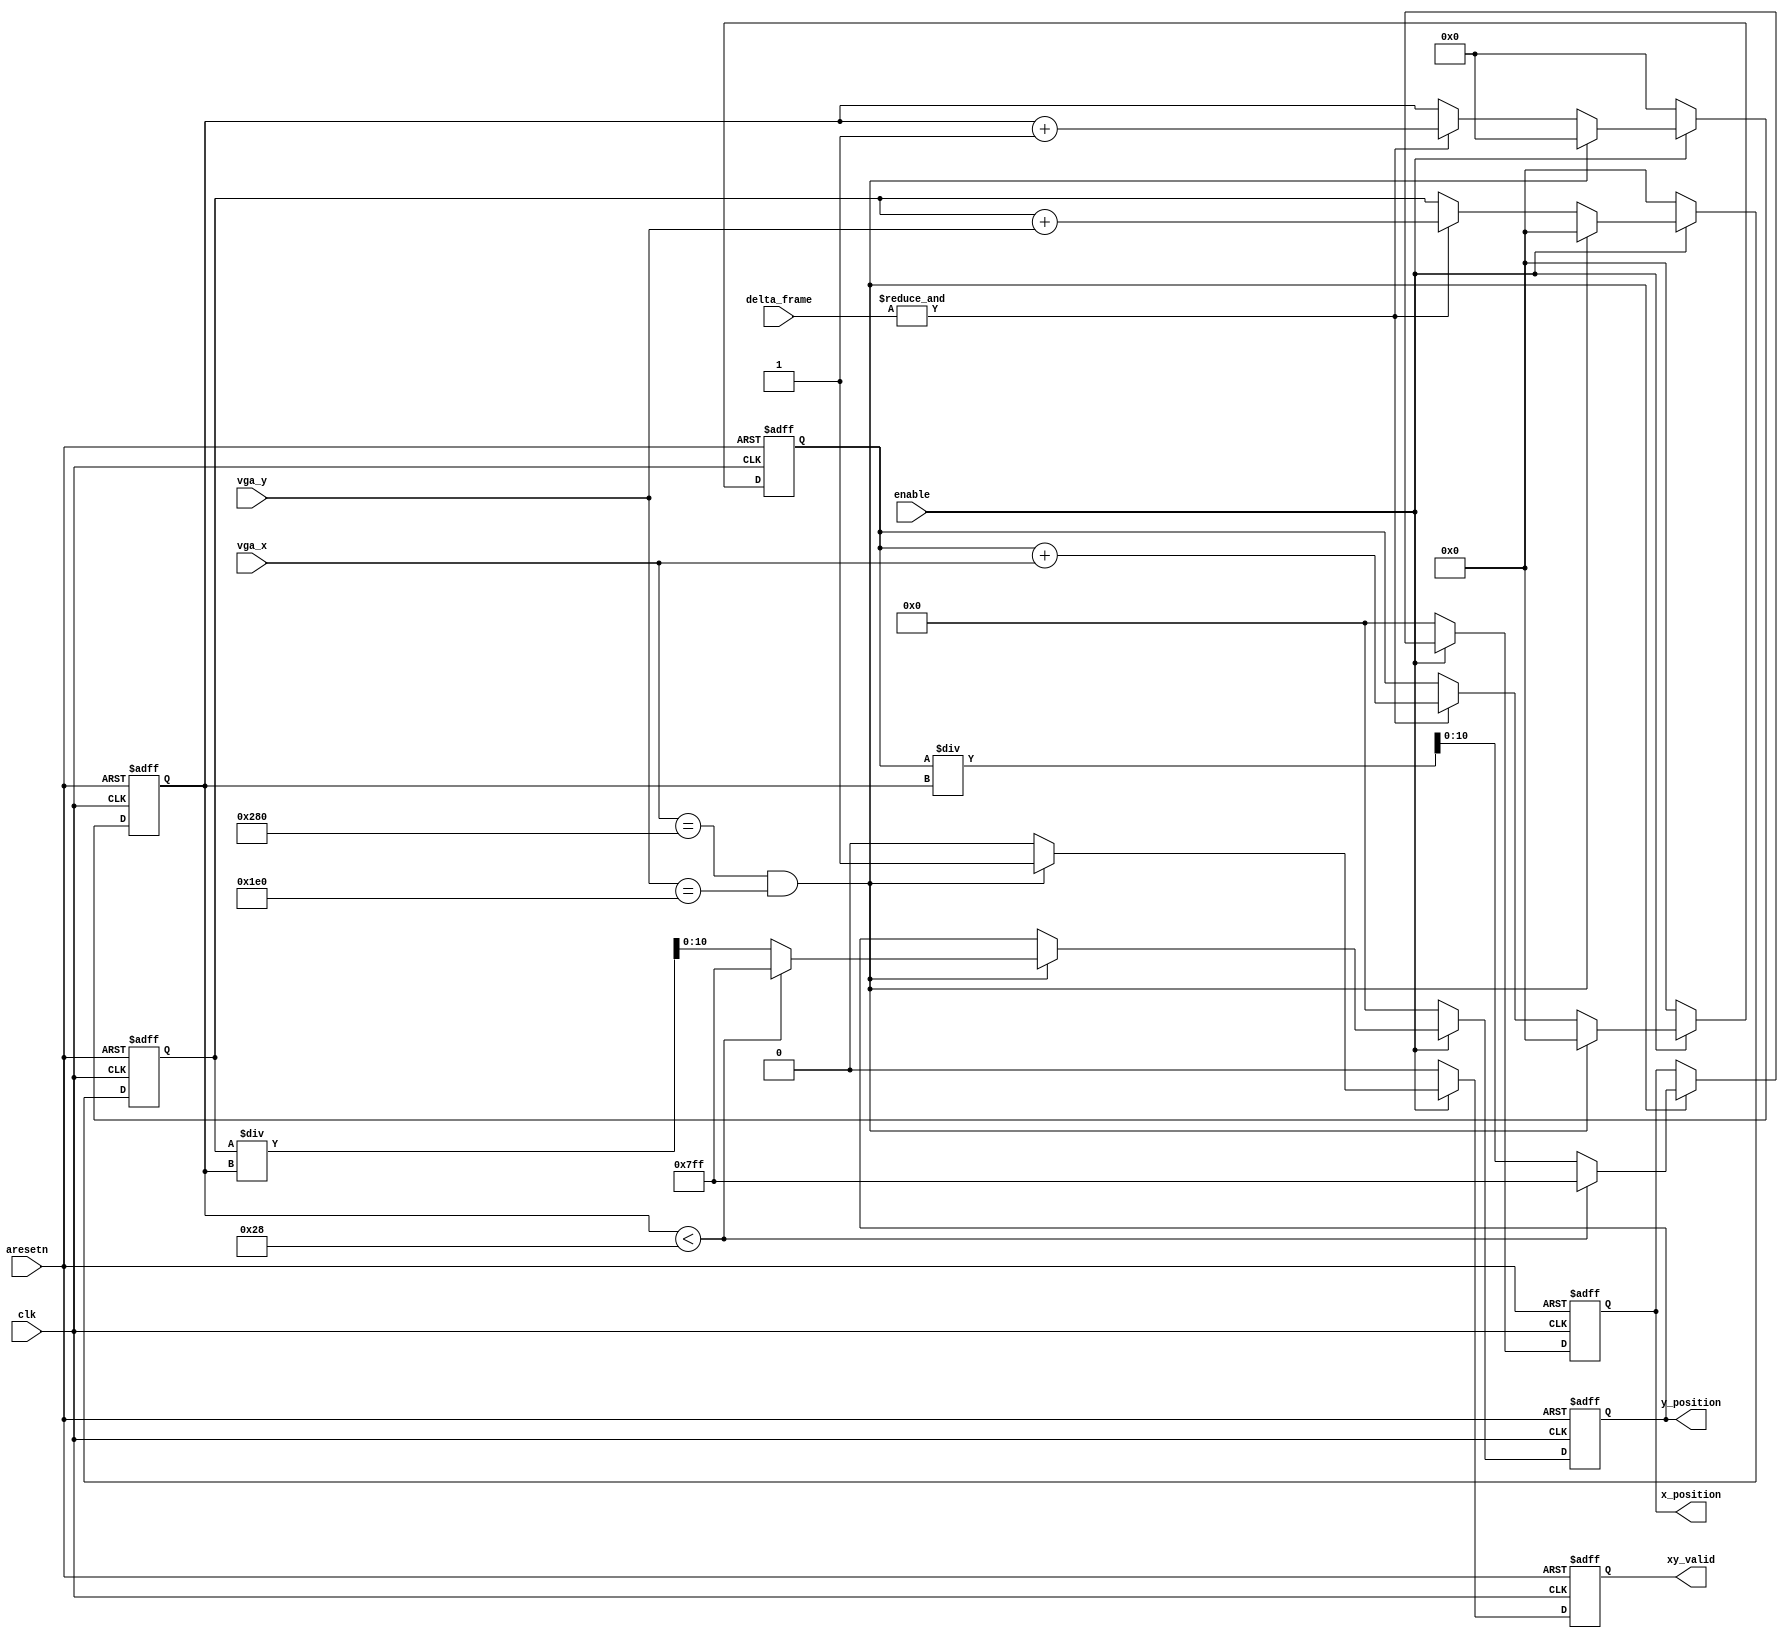
module measure_position #(
	parameter INPUT_WIDTH  = 11,
	parameter COLOR_WIDTH  = 10,
	parameter FRAME_X_MAX  = 640,
	parameter FRAME_Y_MAX  = 480,
	parameter COUNT_THRESH = 40
)(	
	input 		          					clk,
	input wire		[(INPUT_WIDTH-1):0]		vga_x,
	input wire		[(INPUT_WIDTH-1):0]		vga_y,
	input wire 		[(COLOR_WIDTH-1):0]		delta_frame,
	output wire		[(INPUT_WIDTH-1):0]		x_position,
	output wire		[(INPUT_WIDTH-1):0]		y_position,
	output wire								xy_valid,
	input wire								aresetn,
	input wire								enable
);
reg [18:0]				total_count;
reg [26:0] 				x_coordinate_sum;
reg [26:0]		   		y_coordinate_sum;
reg [(INPUT_WIDTH-1):0]	int_x_position;
reg [(INPUT_WIDTH-1):0]	int_y_position;
reg						int_xy_valid;
assign x_position     = int_x_position;
assign y_position 	  = int_y_position;
assign xy_valid       = int_xy_valid;
always @(posedge clk or negedge aresetn) begin
	if (~aresetn) 	
		begin
			total_count 	 <= 'd0;
			x_coordinate_sum <= 'd0;
			y_coordinate_sum <= 'd0;
		end
	else if (~enable) 	
		begin
			total_count 	 <= 'd0;
			x_coordinate_sum <= 'd0;
			y_coordinate_sum <= 'd0;
		end		
	else if (vga_x == FRAME_X_MAX & vga_y == FRAME_Y_MAX)
		begin
			total_count		 <= 'd0;
			x_coordinate_sum <= 'd0;
			y_coordinate_sum <= 'd0;
		end		
	else if (&delta_frame)
		begin
			total_count		 <= total_count + 1;
			x_coordinate_sum <= x_coordinate_sum + vga_x;
			y_coordinate_sum <= y_coordinate_sum + vga_y;
		end
	else 
		begin
			total_count 	 <= total_count;
			x_coordinate_sum <= x_coordinate_sum;
			y_coordinate_sum <= y_coordinate_sum;
		end
end
always @(posedge clk or negedge aresetn) begin
	if (~aresetn)
		begin
			int_xy_valid		<= 1'b0;
			int_x_position      <= 'd0;
			int_y_position      <= 'd0;
		end	
	else if (~enable)
		begin
			int_xy_valid		<= 1'b0;
			int_x_position 	    <= 'd0;
			int_y_position 	    <= 'd0;		
		end
	else if (vga_x == FRAME_X_MAX & vga_y == FRAME_Y_MAX)
		begin
			int_xy_valid		<= 1'b1;
			if (total_count < COUNT_THRESH) 
				begin
					int_x_position 	    <= {INPUT_WIDTH {1'b1}}; 
					int_y_position 	    <= {INPUT_WIDTH {1'b1}};
				end
			else
				begin
					int_x_position 	    <= x_coordinate_sum / total_count; 
					int_y_position 	    <= y_coordinate_sum / total_count;
				end
		end
	else 
		begin
			int_xy_valid		<= 1'b0;
			int_x_position 		<= int_x_position;
			int_y_position 		<= int_y_position;
		end
end
endmodule